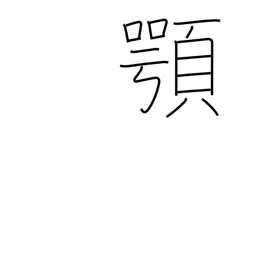
Meaning: jaw